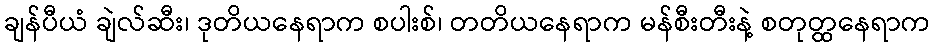
ချန်ပီယံ ချဲလ်ဆီး၊ ဒုတိယနေရာက စပါးစ်၊ တတိယနေရာက မန်စီးတီးနဲ့ စတုတ္ထနေရာက